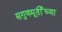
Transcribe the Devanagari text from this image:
सगुणमूर्तीच्या